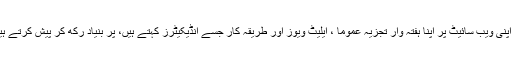
ہم اپنی ویب سائیٹ پر اپنا ہفتہ وار تجزیہ عموماََ ، ایلیٹ ویوز اور طریقہ کار جسے انڈیکیٹرز کہتے ہیں، پر بنیاد رکھ کر پیش کرتے ہیں۔